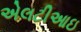
એલટીઆઇ